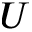
U